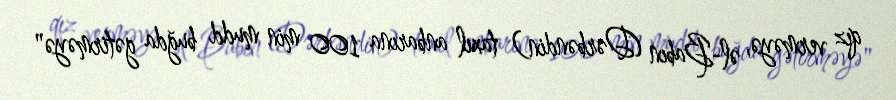
qız verməyə, əl-Babın (Dərbəndin) taxıl anbarına 100 min mudd buğda gətirməyə"